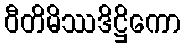
ဝီတိမိဿဒိဋ္ဌိကော